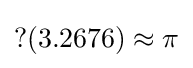
\operatorname {?} (3.2676)\approx \pi